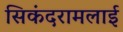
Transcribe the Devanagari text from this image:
सिकंदरामलाई